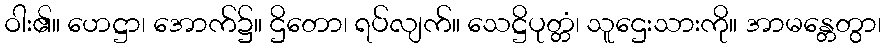
ဝါး၏။ ဟေဋ္ဌာ၊ အောက်၌။ ဌိတော၊ ရပ်လျက်။ သေဋ္ဌိပုတ္တံ၊ သူဌေးသားကို။ အာမန္တေတွာ၊